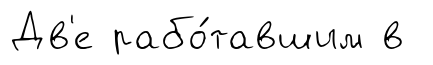
Дв'е рабо́тавшим в